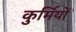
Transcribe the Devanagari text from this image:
कुर्मियों